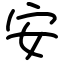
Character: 安